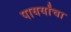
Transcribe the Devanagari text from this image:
पायर्यांचा